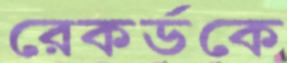
রেকর্ডকে